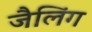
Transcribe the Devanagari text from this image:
जैलिंग